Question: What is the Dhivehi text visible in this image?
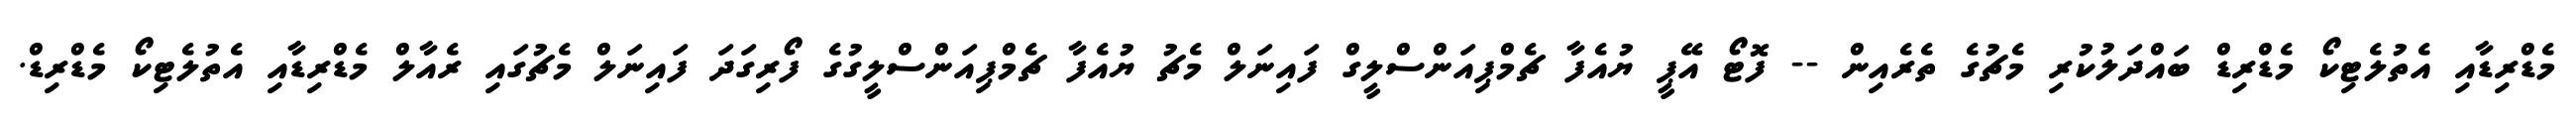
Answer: މެޑްރިޑާއި އެތުލެޓިކޯ މެޑްރިޑް ބައްދަލުކުރި މެޗުގެ ތެރެއިން -- ފޮޓޯ އޭޕީ ޔުއެފާ ޗެމްޕިއަންސްލީގް ފައިނަލް މެޗު ޔުއެފާ ޗެމްޕިއަންސްލީގުގެ ފޯރިގަދަ ފައިނަލް މެޗުގައި ރެއާލް މެޑްރިޑާއި އެތުލެޓިކޯ މެޑްރިޑް.